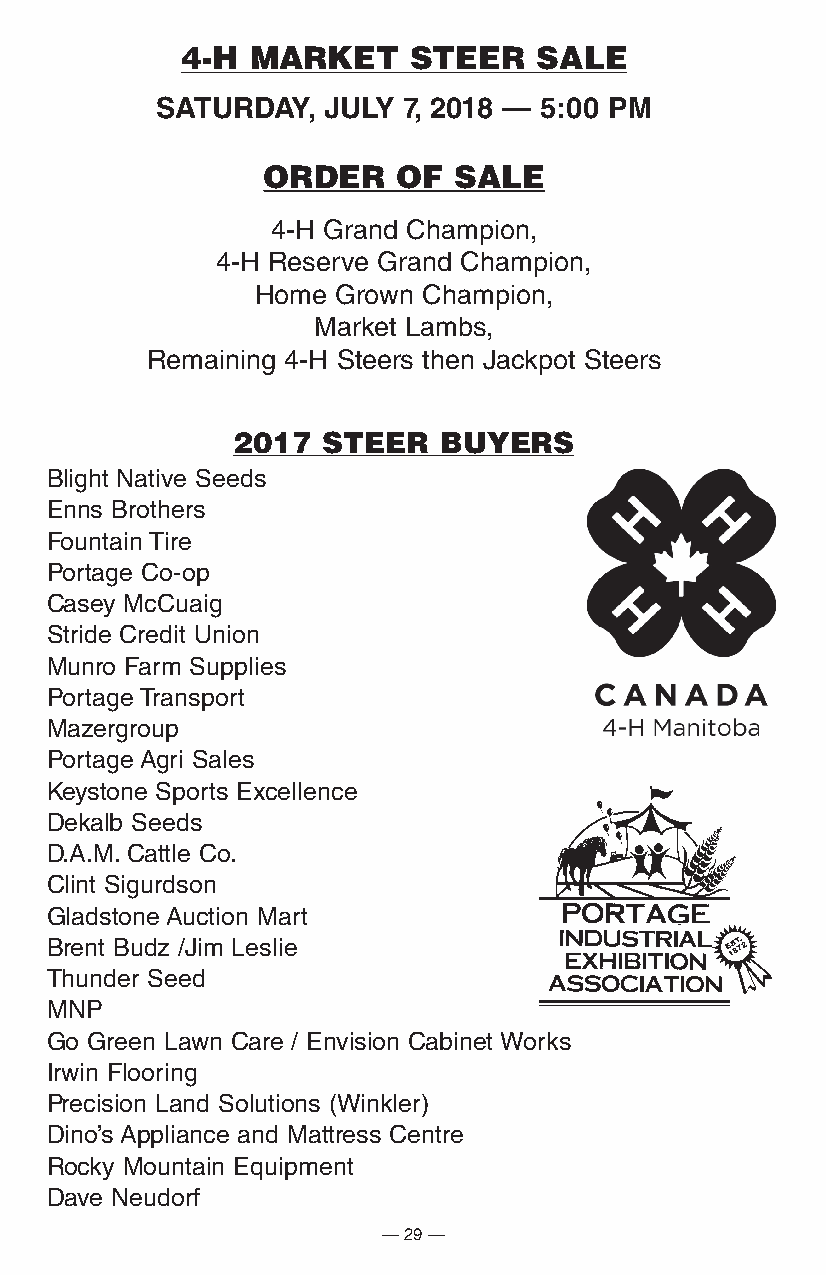
4-H  mARKET    STEER    SALE
 SatUrDay,  JUly  7, 2018 — 5:00 pM
 ORdER    OF  SALE
 4-H Grand Champion,
 4-H Reserve Grand Champion,
 Home Grown Champion,
 Market Lambs,
 Remaining 4-H Steers then Jackpot Steers
 2017  STEER   BuyERS
 Blight Native Seeds
 Enns Brothers
 Fountain Tire
 Portage Co-op
 Casey McCuaig
 Stride Credit Union
 Munro Farm Supplies
 Portage Transport
 Mazergroup
 Portage Agri Sales
 Keystone Sports Excellence
 Dekalb Seeds
 D.A.M. Cattle Co.
 Clint Sigurdson
 Gladstone Auction Mart
 Brent Budz /Jim Leslie
 Thunder Seed
 MNP
 Go Green Lawn Care / Envision Cabinet Works
 Irwin Flooring
 Precision Land Solutions (Winkler)
 Dino’s Appliance and Mattress Centre
 Rocky Mountain Equipment
 Dave Neudorf
 — 29 —